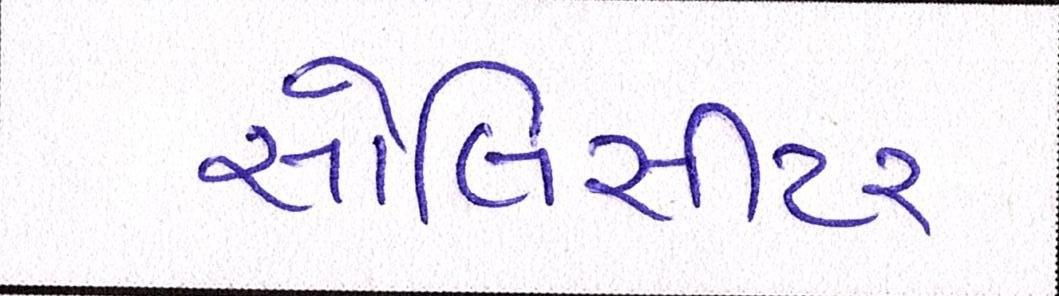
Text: સોલિસીટર